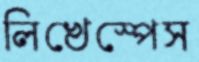
লিখেস্পেস